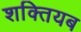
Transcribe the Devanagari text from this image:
शक्तियब